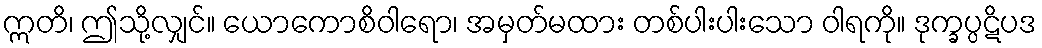
ဣတိ၊ ဤသို့လျှင်။ ယောကောစိဝါရော၊ အမှတ်မထား တစ်ပါးပါးသော ဝါရကို။ ဒုက္ခပ္ပဋိပဒ